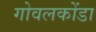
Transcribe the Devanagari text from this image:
गोवलकोंडा